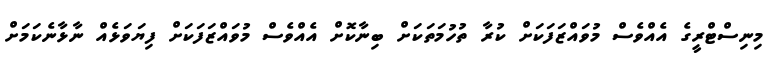
މިނިސްޓްރީގެ އެއްވެސް މުވައްޒަފަކަށް ކުރާ ތުހުމަތަކަށް ބިނާކޮށް އެއްވެސް މުވައްޒަަފަކަށް ފިޔަވަޅެއް ނާޅާނެކަމަށް